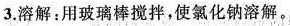
3.溶解：用玻璃棒搅拌，使氯化钠溶解。